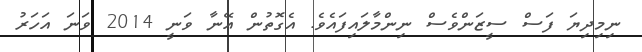
ނިމިދިޔަ ފަސް ސީޒަންވެސް ނިންމާލައިފައެވެ. އެގޮތުން އޭނާ ވަނީ 2014 ވަނަ އަހަރު